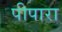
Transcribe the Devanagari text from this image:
पीपारा